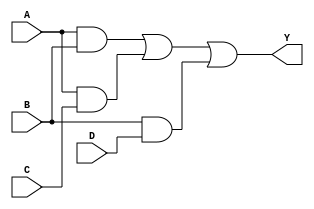
module combinational_logic_block (
    input wire A,
    input wire B,
    input wire C,
    input wire D,
    output wire Y
);

// Intermediate signals for simplified logic
wire AB, AC, AD, BC, BD, CD;

// K-map simplified expression for a hypothetical function
// Example: Y = AB + AC + BD (this would be derived from K-map simplification)
assign AB = A & B; // AND gate for A and B
assign AC = A & C; // AND gate for A and C
assign BD = B & D; // AND gate for B and D

// Final output using OR gates
assign Y = AB | AC | BD; // OR gate combining the results

endmodule